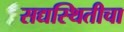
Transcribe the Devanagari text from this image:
सद्यस्थितीचा